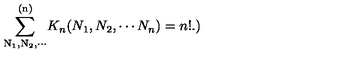
\mathrm { \sum _ { N _ 1 , N _ 2 , \cdots } ^ { ( n ) } } K _ { n } ( N _ { 1 } , N _ { 2 } , \cdots N _ { n } ) = n ! . \mathrm { ) }